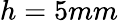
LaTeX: h=5mm